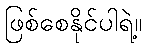
ဖြစ်စေနိုင်ပါရဲ့။